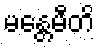
မန္တေမီတိ